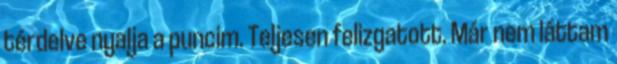
térdelve nyalja a puncim. Teljesen felizgatott. Már nem láttam